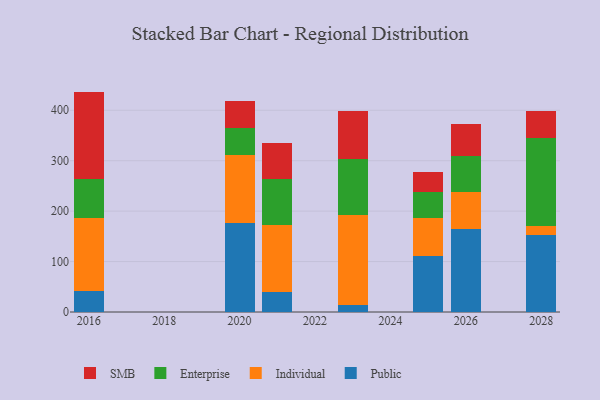
{"axis": {"x": "Year", "y": "Churn Rate (%)"}, "legend": ["Enterprise", "Individual", "Public", "SMB"], "data": [{"x": "2023", "y": 13.0, "type": "Public"}, {"x": "2023", "y": 179.4, "type": "Individual"}, {"x": "2023", "y": 111.6, "type": "Enterprise"}, {"x": "2023", "y": 95.3, "type": "SMB"}, {"x": "2021", "y": 40.5, "type": "Public"}, {"x": "2021", "y": 132.7, "type": "Individual"}, {"x": "2021", "y": 90.4, "type": "Enterprise"}, {"x": "2021", "y": 70.8, "type": "SMB"}, {"x": "2026", "y": 165.2, "type": "Public"}, {"x": "2026", "y": 73.2, "type": "Individual"}, {"x": "2026", "y": 71.3, "type": "Enterprise"}, {"x": "2026", "y": 63.7, "type": "SMB"}, {"x": "2028", "y": 152.2, "type": "Public"}, {"x": "2028", "y": 18.5, "type": "Individual"}, {"x": "2028", "y": 174.3, "type": "Enterprise"}, {"x": "2028", "y": 53.0, "type": "SMB"}, {"x": "2020", "y": 177.1, "type": "Public"}, {"x": "2020", "y": 134.3, "type": "Individual"}, {"x": "2020", "y": 53.5, "type": "Enterprise"}, {"x": "2020", "y": 52.7, "type": "SMB"}, {"x": "2016", "y": 40.7, "type": "Public"}, {"x": "2016", "y": 145.2, "type": "Individual"}, {"x": "2016", "y": 78.3, "type": "Enterprise"}, {"x": "2016", "y": 172.8, "type": "SMB"}, {"x": "2025", "y": 111.9, "type": "Public"}, {"x": "2025", "y": 73.9, "type": "Individual"}, {"x": "2025", "y": 52.0, "type": "Enterprise"}, {"x": "2025", "y": 39.8, "type": "SMB"}]}